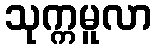
သုက္ကမူလာ